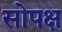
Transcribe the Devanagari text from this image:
सोपक्ष